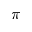
\pi